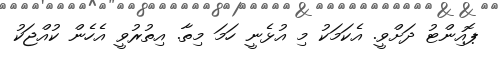
ޕޮއިންޓު ދަށްވީ. އެކަމަކު މި އުޅެނީ ހަމަ މިތާ. އިތުރުވީ އެހެން ކުއްޖަކު